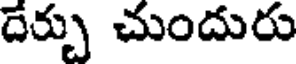
దేర్చు చుందురు